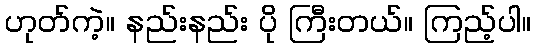
ဟုတ်ကဲ့။ နည်းနည်း ပို ကြီးတယ်။ ကြည့်ပါ။